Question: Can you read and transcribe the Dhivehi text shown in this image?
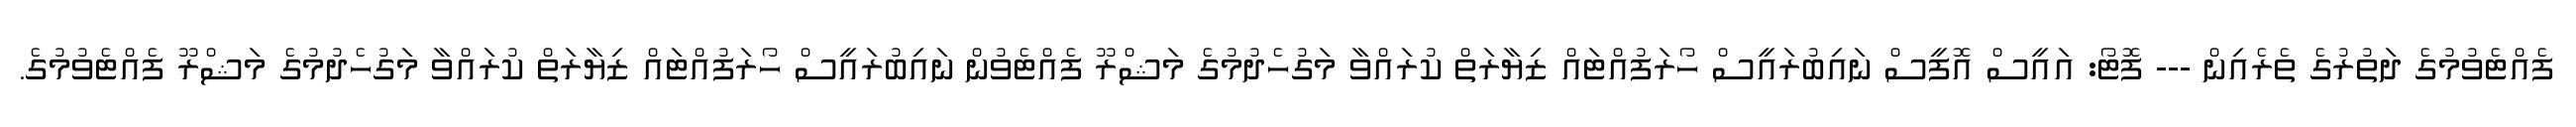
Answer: ފެއްޓެވުމުގެ ދަތުރުގެ ތެރެއިން --- ފޮޓޯ: އައީސް އޮފީސް ނައިބުރައީސް ހޯރަފުއްޓައް ޒިޔާރަތް ކުރައްވާ މަގުހެދުމުގެ މަޝްރޫ ފެއްޓެވުން ނައިބުރައީސް ހޯރަފުއްޓައް ޒިޔާރަތް ކުރައްވާ މަގުހެދުމުގެ މަޝްރޫ ފެއްޓެވުމުގެ.